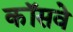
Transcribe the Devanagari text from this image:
कॉसवे